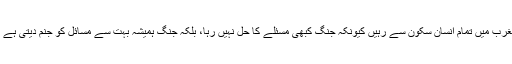
خدا کرے کہ ایک مثبت مکالمے کا ماحول پیدا ہواور مشرق و مغرب میں تمام انسان سکون سے رہیں کیونکہ جنگ کبھی مسئلے کا حل نہیں رہا، بلکہ جنگ ہمیشہ بہت سے مسائل کو جنم دیتی ہے ،جس کا خمیازہ صرف ایک نسل نہیں بلکہ کئی نسلیں بھگتی ہیں۔